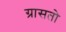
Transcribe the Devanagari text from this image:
ग्रासतो